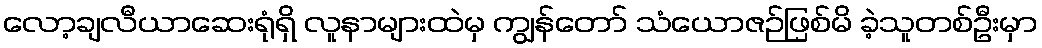
လော့ချလီယာဆေးရုံရှိ လူနာများထဲမှ ကျွန်တော် သံယောဇဉ်ဖြစ်မိ ခဲ့သူတစ်ဦးမှာ